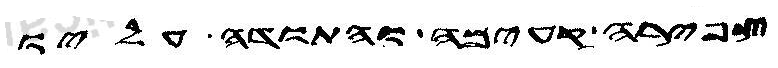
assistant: צפירה קעימה והתודה עליו